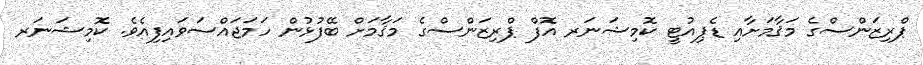
ޕްރިޒަންސްގެ މަޤާމަށާއި ޑެޕިއުޓީ ކޮމިޝަނަރ އޮފް ޕްރިޒަންސްގެ މަޤާމަށް ބޭފުޅުން ހަމަޖައްސަވައިފިއެވެ. ކޮމިޝަނަރ